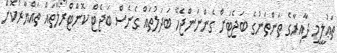
ތަޢުލީމީ ދާއިރާގެ ތަންތަނުގެ ބަޖެޓަށް ގެންނަންޖެހޭ ބަދަލުތައް ގެނެސް ބަޖެޓް ކޮންޓްރޯލްތައް ތައްޔާރުކޮށް